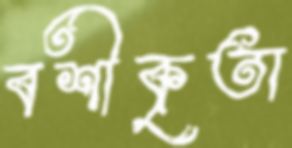
বশীকৃতা